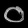
Digit: ၀